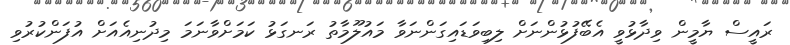
ރައީސް ޔާމީން ވިދާޅުވީ އެބޭފުޅުންނަށް ލިބިވަޑައިގަންނަވާ މައުލޫމާތު ރަނގަޅު ކަމަށްވާނަމަ މިދުނިއެއަށް އުފަންކުރުވި